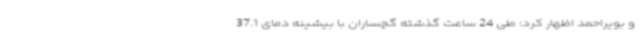
و بویراحمد اظهار کرد: طی 24 ساعت گذشته گچساران با بیشینه دمای 37.1